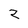
Character: z